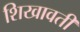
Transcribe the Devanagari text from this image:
शिखावती